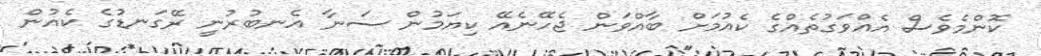
ކޮންމެވެސް އެއްވަގުތެއްގެ ކެއުމަށް ބާއްވަން ޖެހޭނެއޭ ކިޔަމުން ސަނާ އެނބުރުނީ ރޭގަނޑުގެ ކެއުން